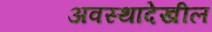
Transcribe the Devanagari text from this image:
अवस्थादेखील